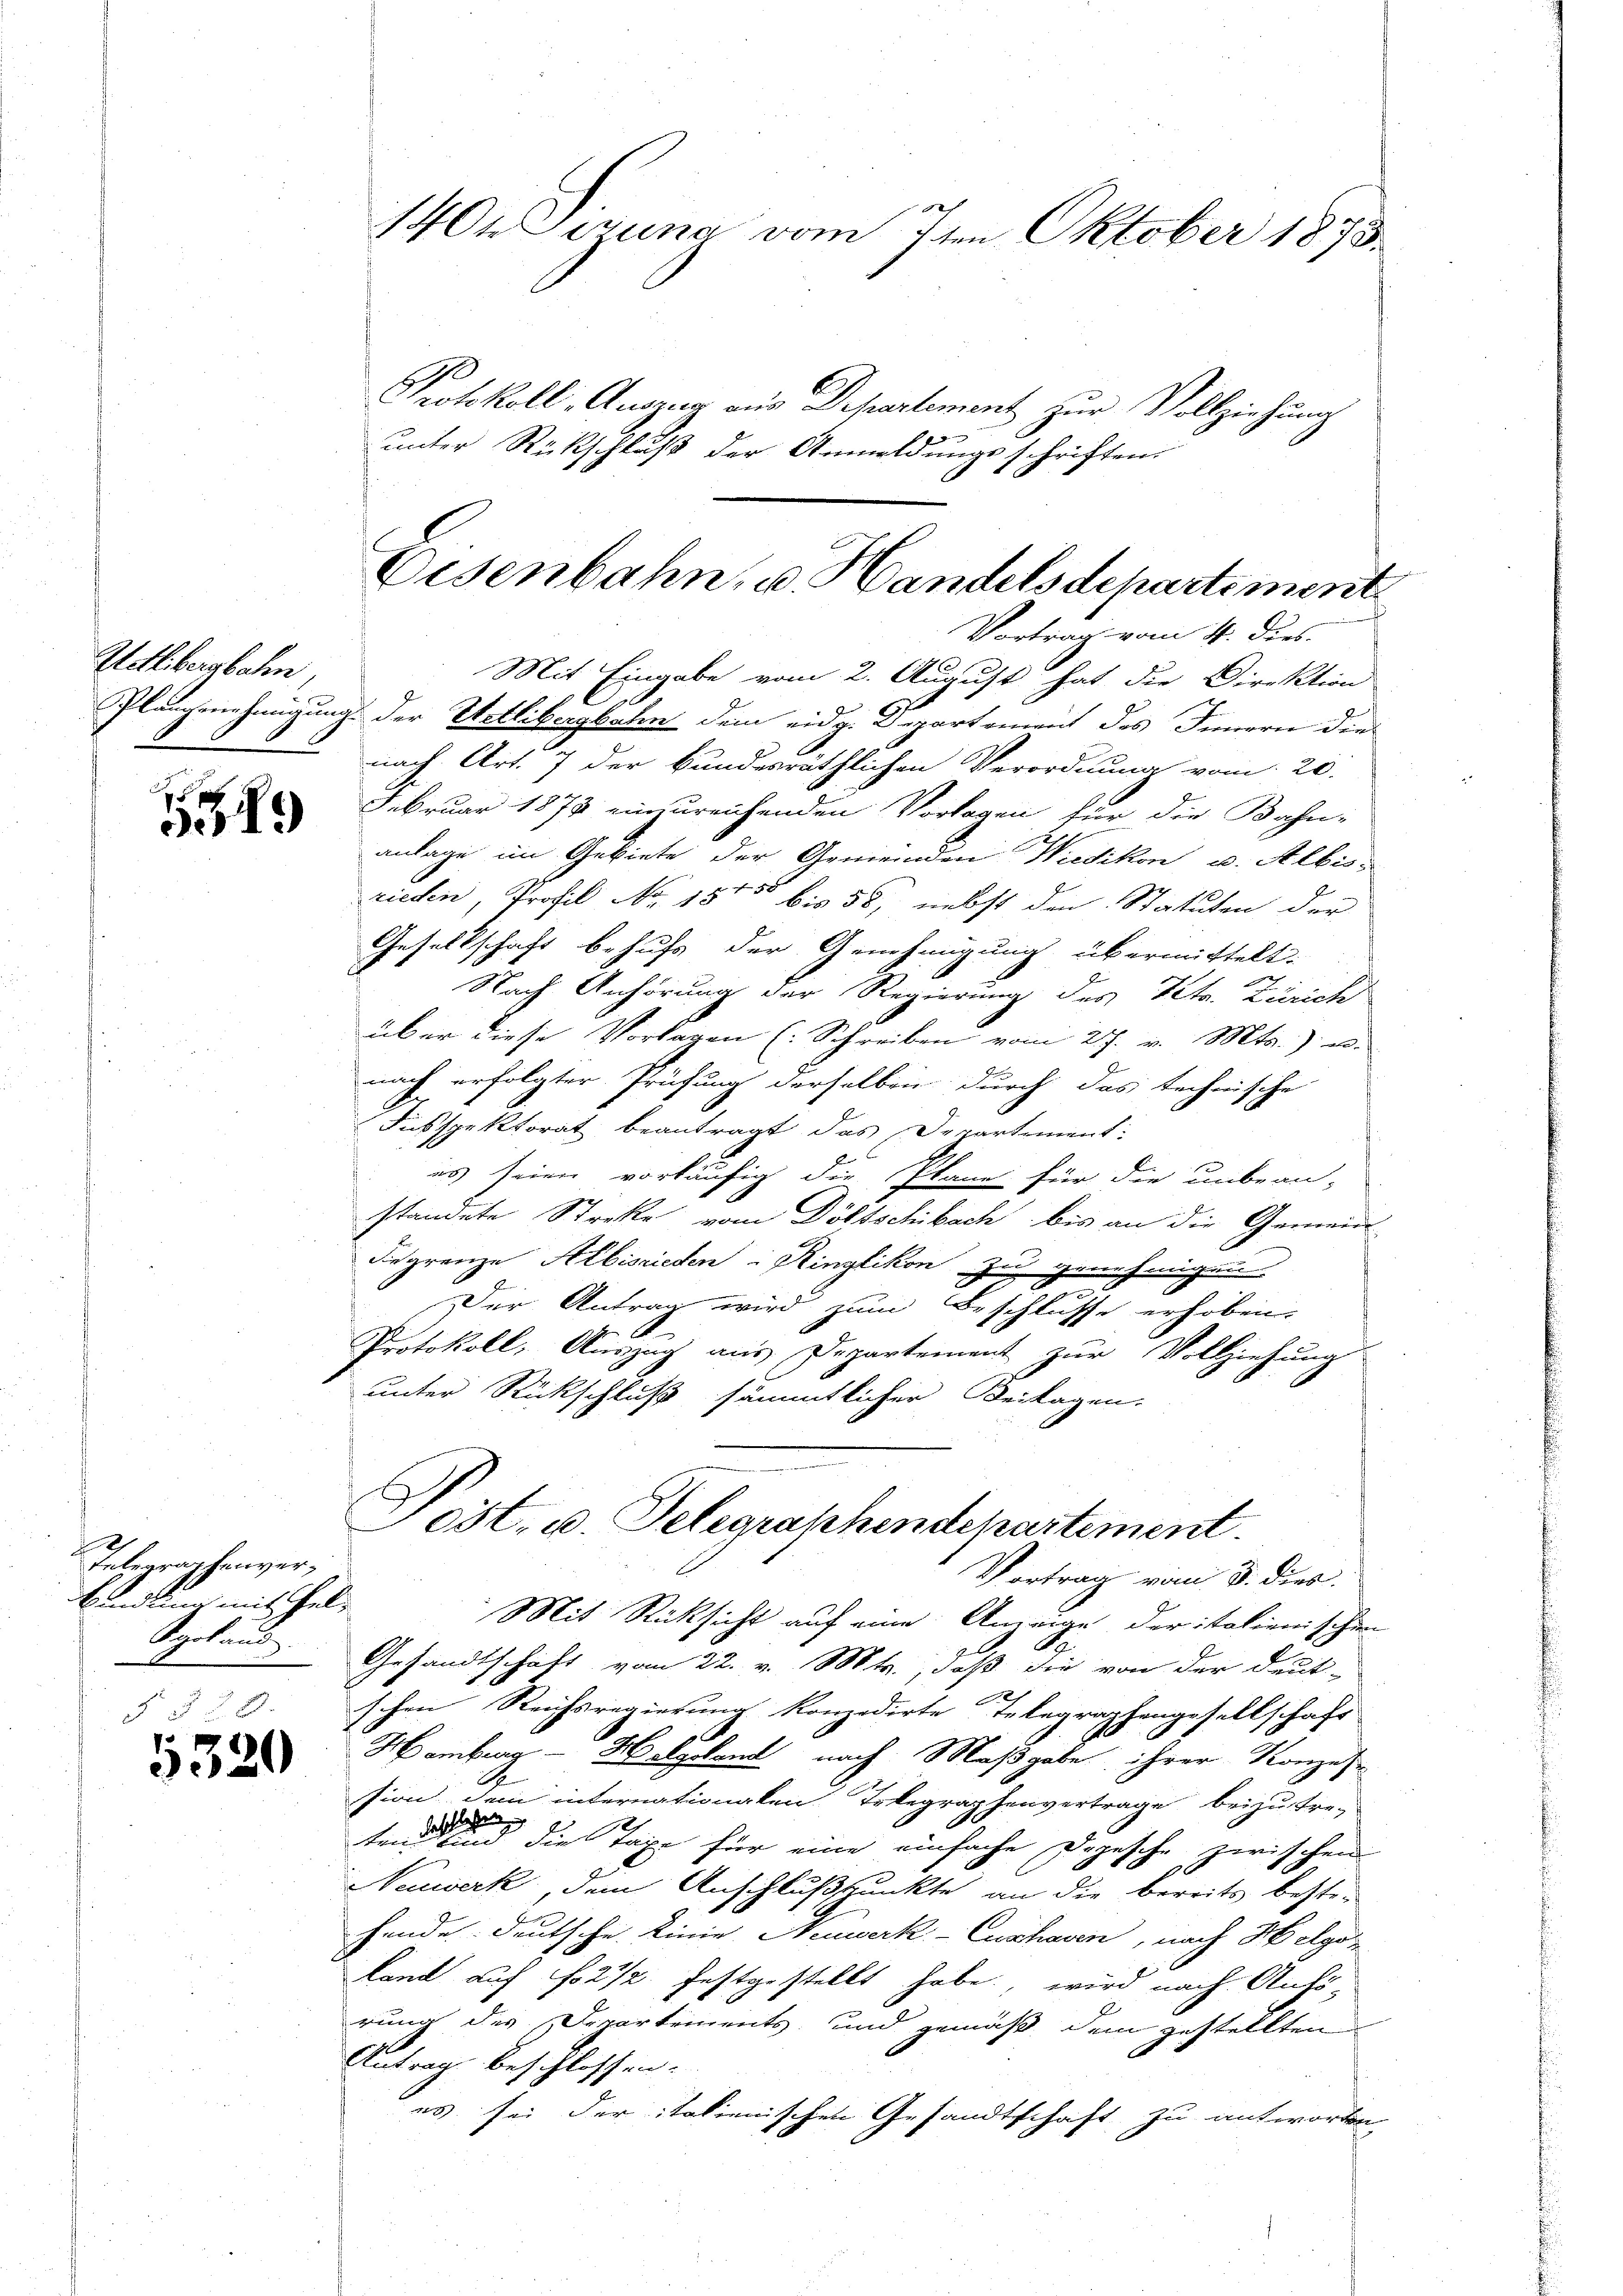
Hetlibersbahn,

559

Telegraphenver¬
Bandlung mit hel¬
Spoland

5320

1404 Sezung vom 7ten Oktober 1873.

Protokoll, Auszug aus Departement zur Vollziehung
unter Rückschluß der Anmeldungsschriften.

Eisenbahn, v. Handelsdepartiment
Vortrag vom 4. Dies

Mit Eingabe vom 2. August hat die Direktion
Plangenehmigung der Wetlibergbahn dem eidg. Departement des Innern die
nach Art. 7 der kundesräthlichen Verordnung vom 20.
Februar 1873 einzureichenden Vorlagen für die Bahn-
anlage im Gebiete der Gemeinden Wiedikon u. Albis-
rieden, Profil No 15ten bis 58, nebst den Statuten der
Gesellschaft behufs der Genehmigung übermittelt.
.
Nach Anhörung der Regierung des Petr. Zürich
über diese Vorlagen (: Schreiben vom 27. v. Mts.) e
nach erfolgter Prüfung derselben durch das technische
Fisspektorat beantragt das Departement:
es seien vorläufig die Plane für die unbean-
standete Streke vom Döltschibach bis an die Gemein-
Regrenze Albisrieden Ringlikon zu genehmigen
Der Antrag wird zum Beschlusse erhoben.
Protokoll, Auszug aus Departement zur Vollziehung
unter Rückschluß sämmtlicher Beilagen.
Jost, u. Telegraphendepartement.
Vortrag vom 3. dies
Mit Rücksicht auf eine Anzeige der italienischen
Gesandtschaft vom 22. v. Mts., daß die von der deut-
schen Reichsregierung konzedirte Telegraphengesellschaft
Hamburg - Holzland nach Maßgabe ihrer Konzes
sion dem internationalen Irkegraphenvertrage beizutre-
tend die einen die Taxe für eine einfache Dogesche zwischen
Neuwerk, dem Anschlußpunkte an die bereits bestehende deutsche Linie Neuwerk-Cushaven, nach Helgeland auf No 212 festgestellt habe, wird nach Anhörung des Departements, und gemäß dem gestellten
Antrag beschlossen.
es sei der italienischen Gesandtschaft zu antworten